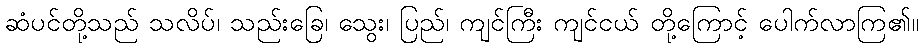
ဆံပင်တို့သည် သလိပ်၊ သည်းခြေ၊ သွေး၊ ပြည်၊ ကျင်ကြီး ကျင်ငယ် တို့ကြောင့် ပေါက်လာကြ၏။